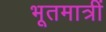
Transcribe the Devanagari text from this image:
भूतमात्रीं